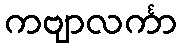
ကဗျာလင်္ကာ